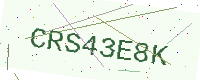
Text: CRS43E8K